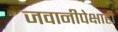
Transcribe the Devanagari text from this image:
जवानीपेक्षाही